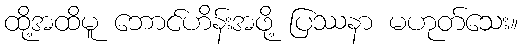
ထို့အထိမူ ဘောင်ဟိန်းအဖို့ ပြဿနာ မဟုတ်သေး။